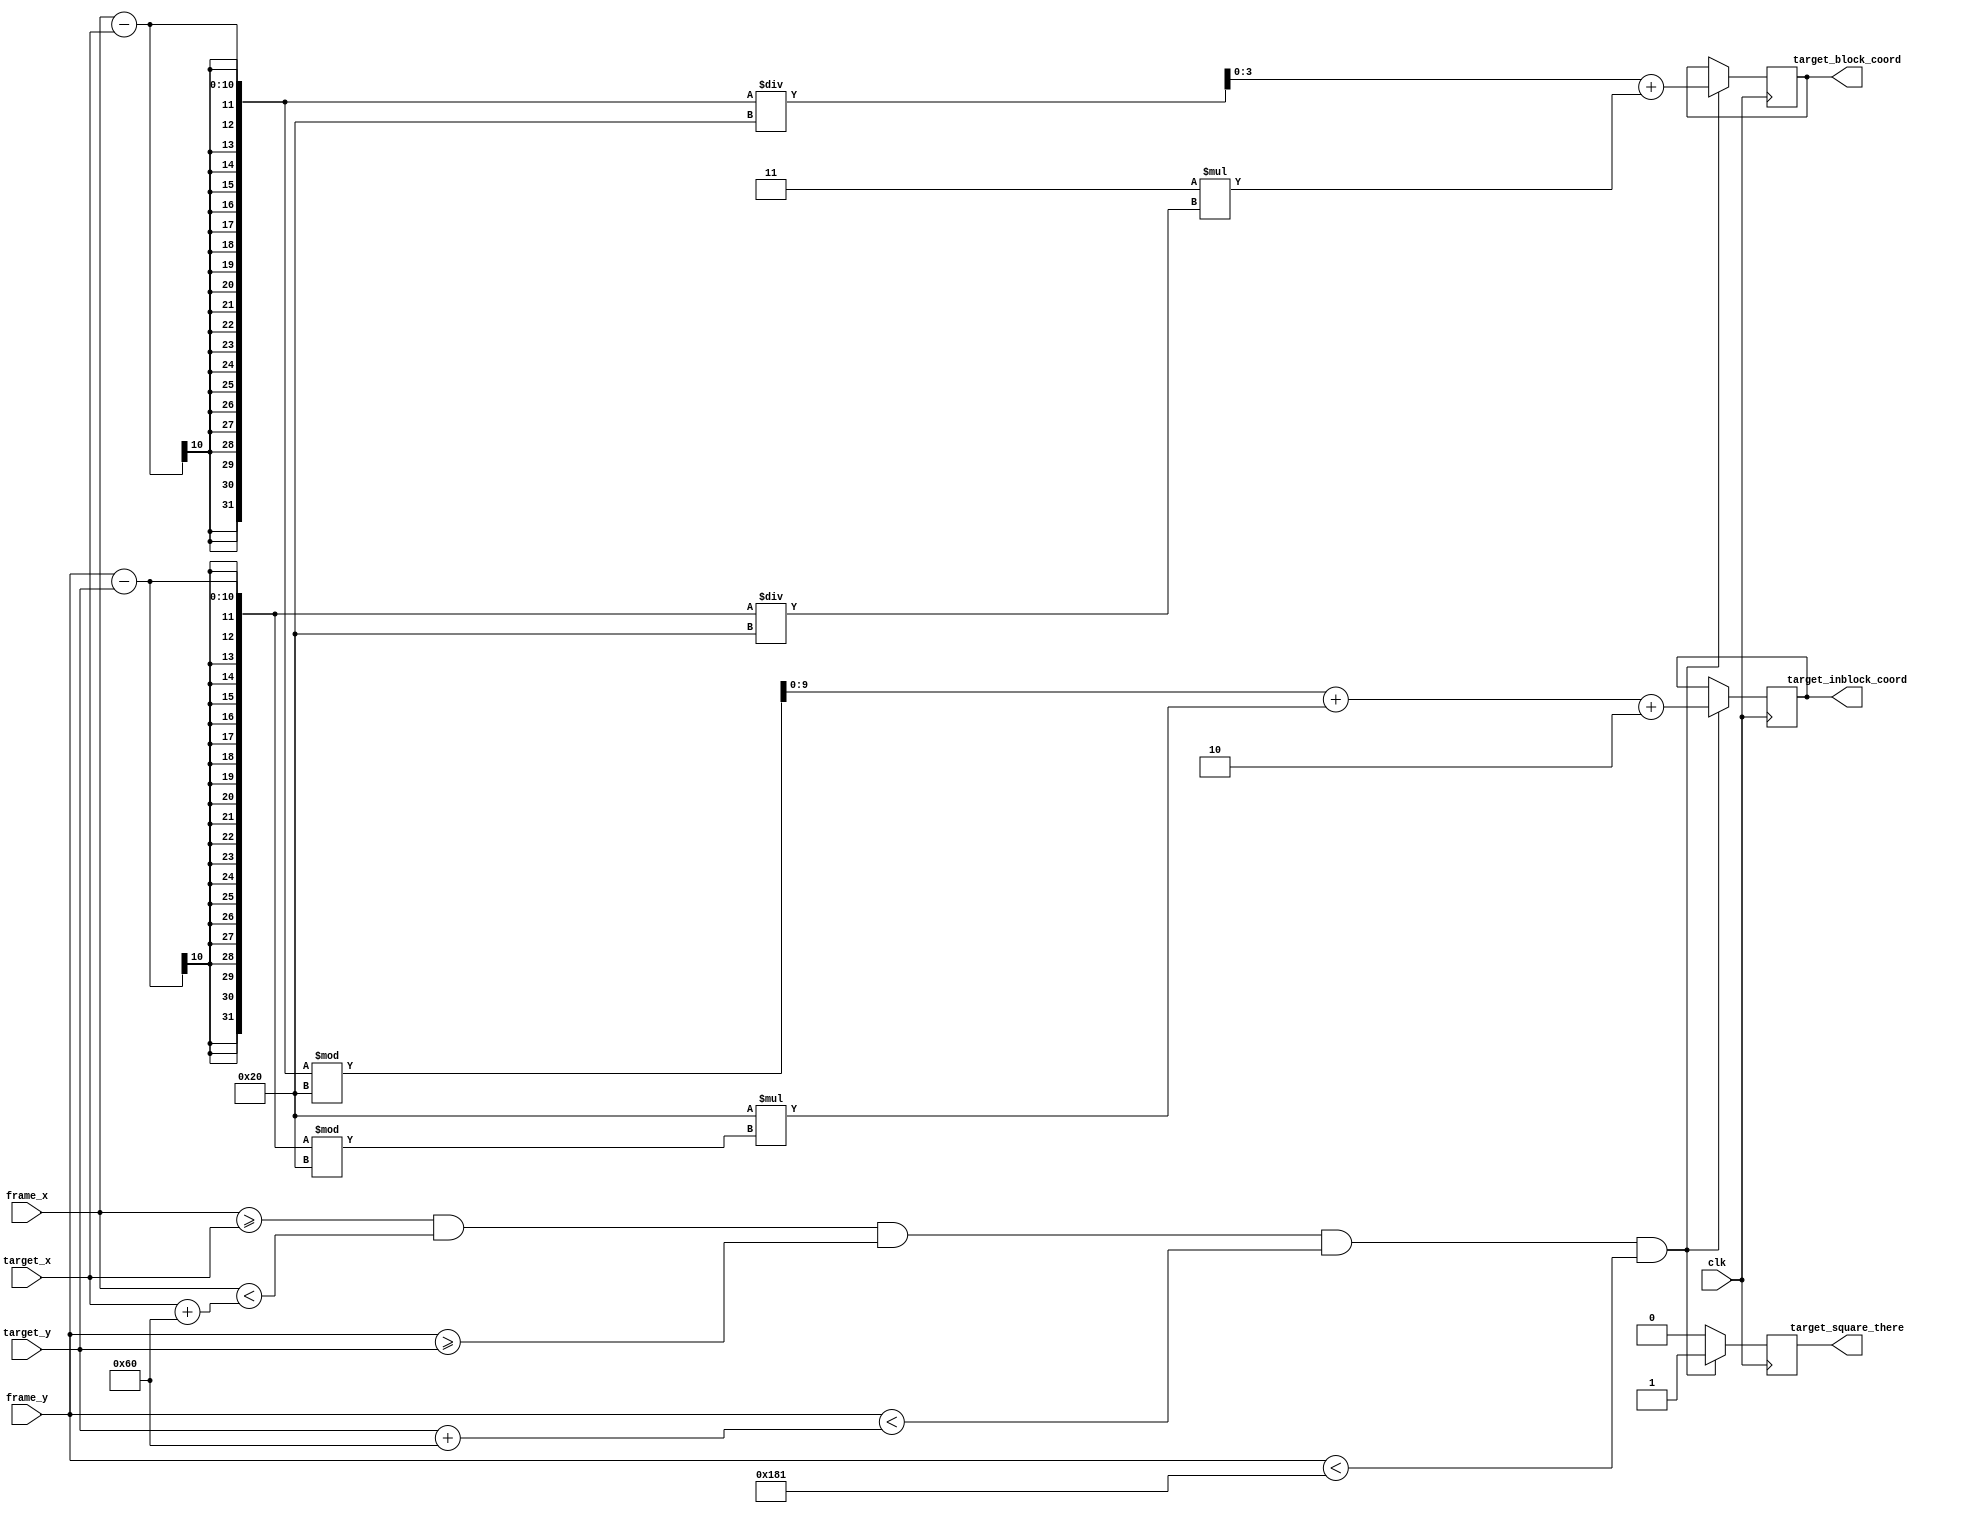
module target_coord_conversion(target_block_coord, target_inblock_coord, target_x, target_y, frame_x, frame_y, target_square_there, clk);
	input clk;
	input [9:0] frame_x;
	input [9:0] frame_y;
	input [9:0] target_x;
	input [9:0] target_y;

	output [3:0] target_block_coord;
	output [9:0] target_inblock_coord;
	output target_square_there;
	
wire [9:0] frame_x;	
wire [9:0] frame_y;
wire [9:0] target_x;
wire [9:0] target_y;

reg [3:0] target_block_coord;
reg [9:0] target_inblock_coord;
reg target_square_there;

always @(posedge clk) begin
	if(frame_x >= target_x && frame_x < target_x + 96
		&& frame_y >= target_y && frame_y < target_y + 96 && frame_y < 385) begin
		
		target_block_coord = ((frame_x - target_x) / 32) + (3 * ((frame_y - target_y) / 32));
		
		target_inblock_coord = ((frame_x - target_x) % 32) + (32 * ((frame_y - target_y) % 32)) + 2; // NB +2
		
		target_square_there <= 1;
	end
	
	else begin
		target_square_there <= 0;
	end

end

endmodule